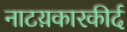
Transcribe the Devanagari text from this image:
नाटय़कारकीर्द